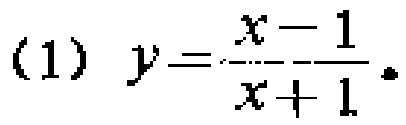
(1) \(y = \frac{x - 1}{x + 1}\)